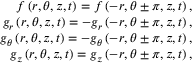
\begin{array} { r } { f \left( r , \theta , z , t \right) = f \left( - r , \theta \pm \pi , z , t \right) , } \\ { g _ { r } \left( r , \theta , z , t \right) = - g _ { r } \left( - r , \theta \pm \pi , z , t \right) , } \\ { g _ { \theta } \left( r , \theta , z , t \right) = - g _ { \theta } \left( - r , \theta \pm \pi , z , t \right) , } \\ { g _ { z } \left( r , \theta , z , t \right) = g _ { z } \left( - r , \theta \pm \pi , z , t \right) , } \end{array}